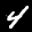
Label: 4